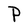
Character: P